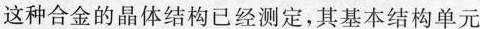
这种合金的晶体结构已经测定，其基本结构单元